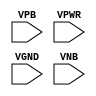
module sky130_fd_sc_hd__tapvpwrvgnd (
    //# {{power|Power}}
    input VPB ,
    input VPWR,
    input VGND,
    input VNB
);
endmodule